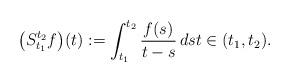
LaTeX: \begin{align*} \big( S_{t_1}^{t_2} f \big)(t) := \int_{t_1}^{t_2} \frac{f( s)}{ t - s} \, d s t \in (t_1, t_2).\end{align*}